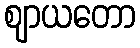
ဈာယတော